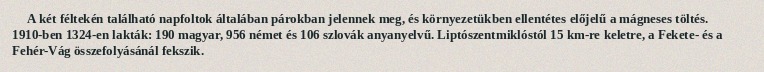
A két féltekén található napfoltok általában párokban jelennek meg, és környezetükben ellentétes előjelű a mágneses töltés. 1910-ben 1324-en lakták: 190 magyar, 956 német és 106 szlovák anyanyelvű. Liptószentmiklóstól 15 km-re keletre, a Fekete- és a Fehér-Vág összefolyásánál fekszik.